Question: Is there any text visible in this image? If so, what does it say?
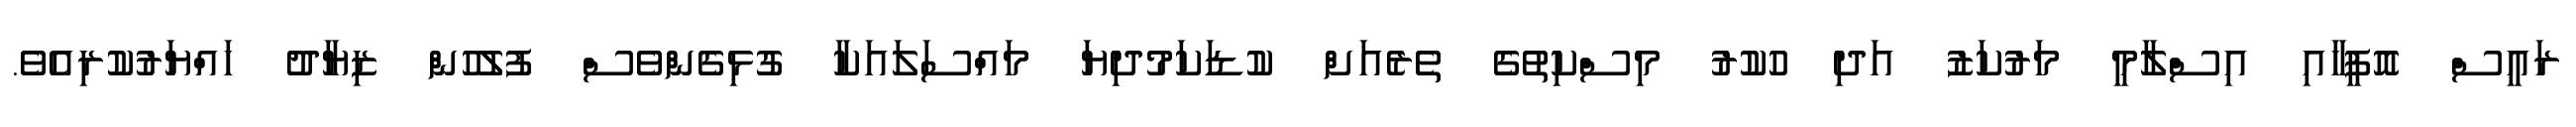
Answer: ރައީސް އޮފީހާއި އިސްލާމީ މަރުކަޒު އަދި ހުކުރު މިސްކިތުގެ ތެރެއަށް ކުޑަކަމުދިޔަ މައްސަލައަކާ ގުޅިގެންވެސް ފުލުހުން ޒިޔާދު ހައްޔަރުކުރިއެވެ.